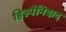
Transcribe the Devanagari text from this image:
हिस्पैनिदाद